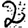
Digit: 2